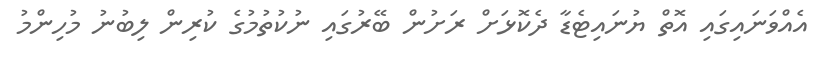
އެއްވަނައިގައި އޮތް ޔުނައިޓެޑާ ދެކޮޅަށް ރަށުން ބޭރުގައި ނުކުތުމުގެ ކުރިން ލިބުނު މުހިންމު